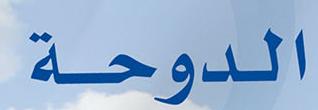
الدوحة